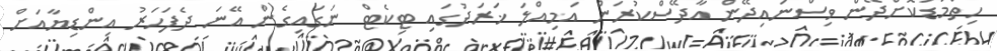
ހިތްމަޑުކޮށްދޭން ވިސްނައިދޭން އާދޭސްކުރަން އަމިއްލަ ޚަރަދުގައި ޓިކެޓް ނަގައިގެން އޭނަ ދެފަހަރު އިންޑިޔާއަށް